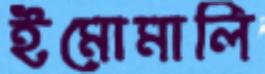
ইমোমালি